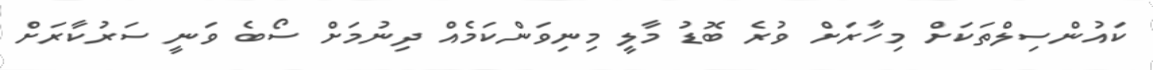
ކައުންސިލްތަކަށް މިހާރަށް ވުރެ ބޮޑު މާލީ މިނިވަންކަމެއް ދިނުމަށް ސޯބެ ވަނީ ސަރުކާރަށް